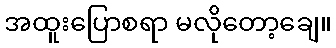
အထူးပြောစရာ မလိုတော့ချေ။